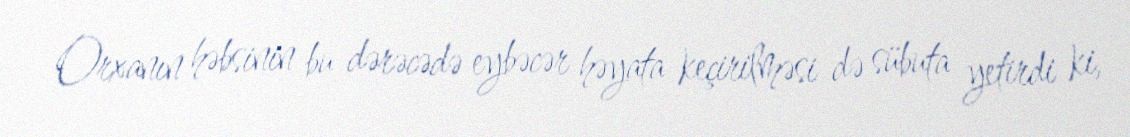
Orxanın həbsinin bu dərəcədə eybəcər həyata keçirilməsi də sübuta yetirdi ki,